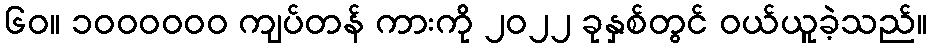
၆၀။ ၁၀၀၀၀၀၀ ကျပ်တန် ကားကို ၂၀၂၂ ခုနှစ်တွင် ဝယ်ယူခဲ့သည်။